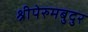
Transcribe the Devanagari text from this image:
श्रीपेरुमबुदुर